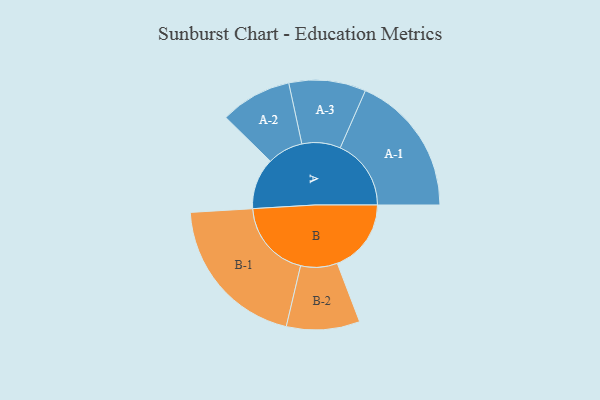
{"axis": {"x": "Segment", "y": "Value"}, "legend": ["", "A", "B"], "data": [{"x": "A", "y": 169, "type": ""}, {"x": "B", "y": 244, "type": ""}, {"x": "A-1", "y": 234, "type": "A"}, {"x": "A-2", "y": 118, "type": "A"}, {"x": "A-3", "y": 127, "type": "A"}, {"x": "B-1", "y": 259, "type": "B"}, {"x": "B-2", "y": 121, "type": "B"}]}